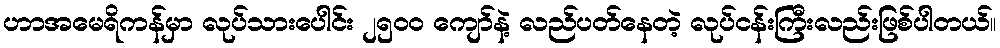
ဟာအမေရိကန်မှာ လုပ်သားပေါင်း ၂၅၀၀ ကျော်နဲ့ လည်ပတ်နေတဲ့ လုပ်ငန်းကြီးလည်းဖြစ်ပါတယ်။